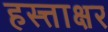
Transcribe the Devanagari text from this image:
हस्त्ताक्षर